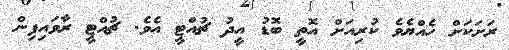
ރަށަކަށް ހެއްޔެވެ ކުރިއަށް އޮތީ ބޮޑު އީދު ޗުއްޓީ އެވެ. ޗުއްޓީ ރާވައިފިން